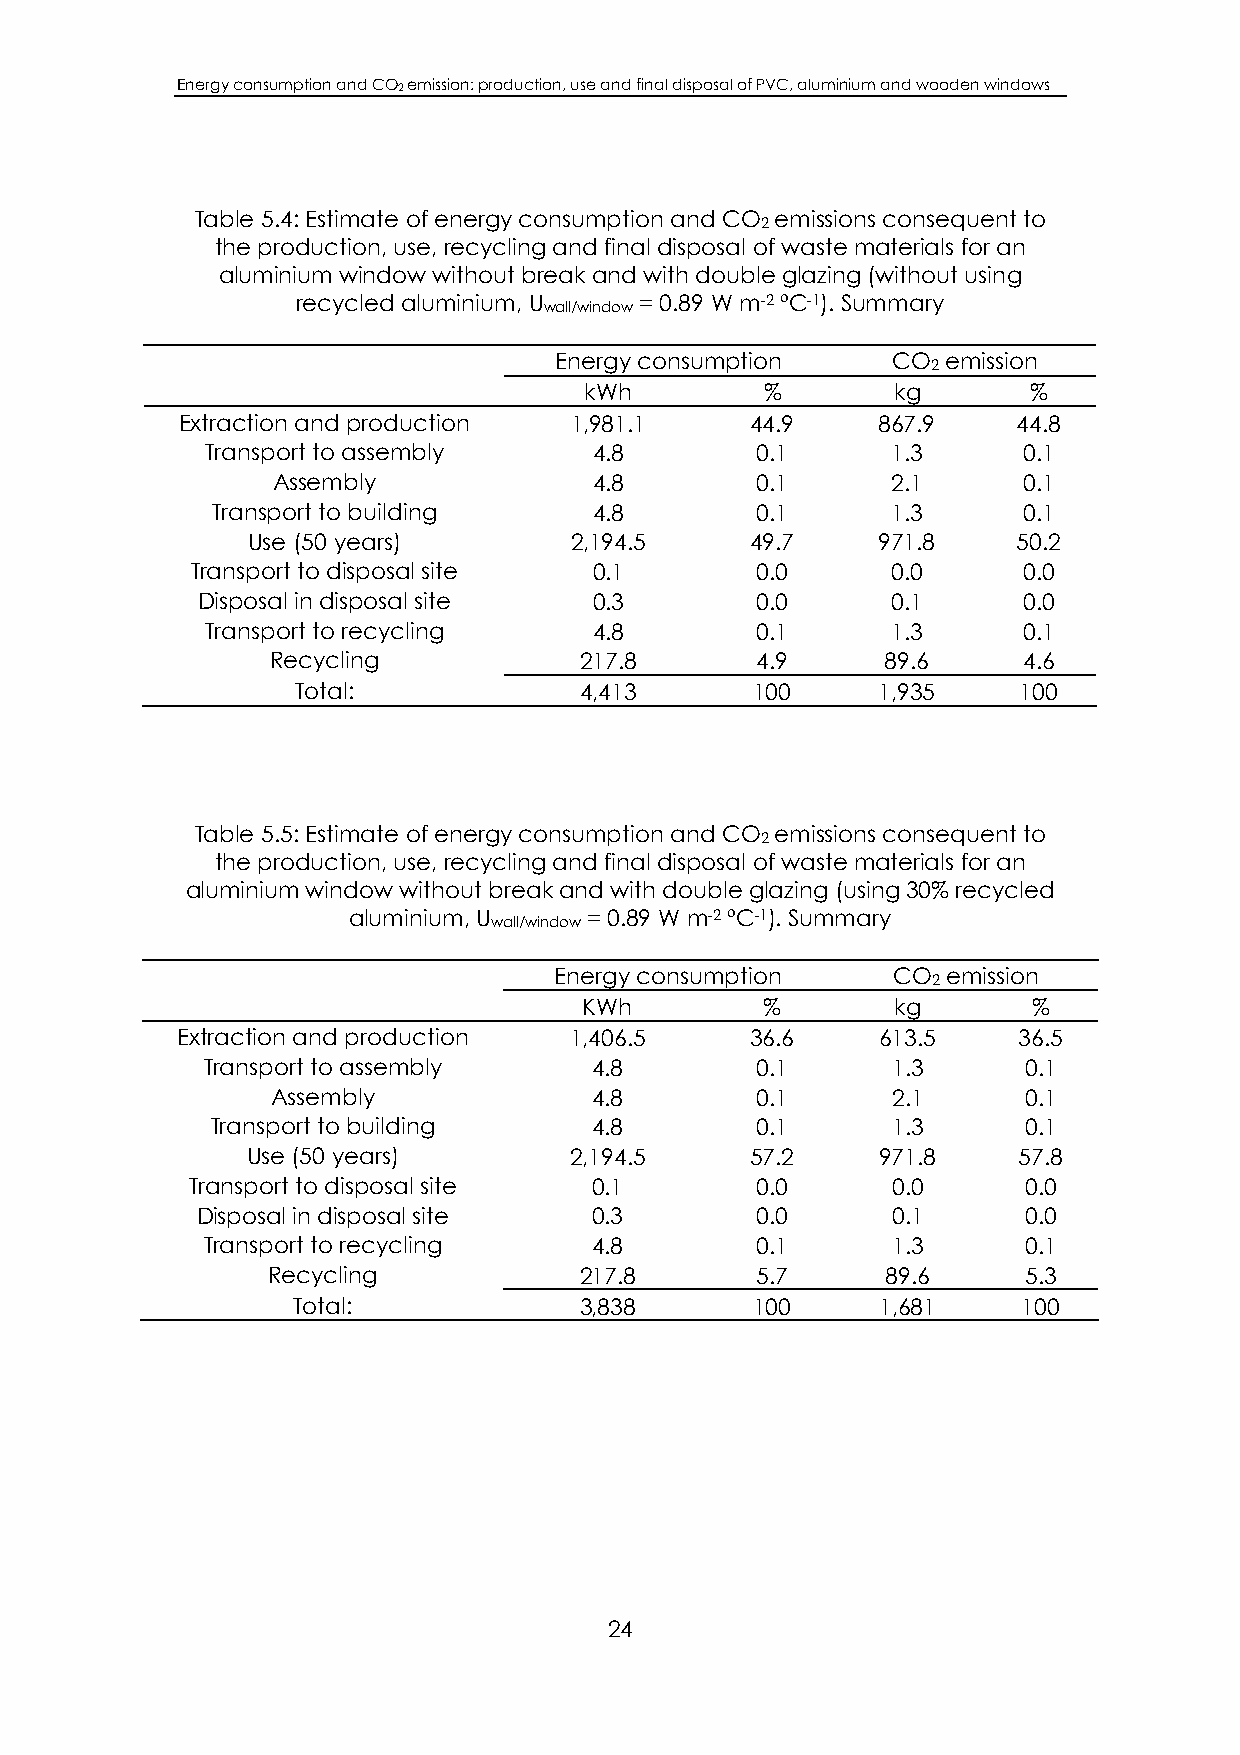
Energy consumption and CO2 emission: production, use and final disposal of PVC, aluminium and wooden windows
 Table 5.4: Estimate of energy consumption and CO emissions consequent to
 2
 the production, use, recycling and final disposal of waste materials for an
 aluminium window without break and with double glazing (without using
 recycled aluminium, U = 0.89 W m-2 ºC-1). Summary
 wall/window
 Energy consumption    CO  emission
 2
 kWh         %       kg       %
 Extraction and production 1,981.1     44.9    867.9    44.8
 Transport to assembly    4.8        0.1      1.3      0.1
 Assembly             4.8        0.1      2.1      0.1
 Transport to building    4.8        0.1      1.3      0.1
 Use (50 years)        2,194.5     49.7    971.8    50.2
 Transport to disposal site 0.1       0.0      0.0      0.0
 Disposal in disposal site 0.3        0.0      0.1      0.0
 Transport to recycling   4.8        0.1      1.3      0.1
 Recycling           217.8       4.9      89.6     4.6
 Total:            4,413       100     1,935     100
 Table 5.5: Estimate of energy consumption and CO emissions consequent to
 2
 the production, use, recycling and final disposal of waste materials for an
 aluminium window without break and with double glazing (using 30% recycled
 aluminium, U    = 0.89 W m-2 ºC-1). Summary
 wall/window
 Energy consumption    CO  emission
 2
 KWh         %       kg       %
 Extraction and production 1,406.5     36.6    613.5    36.5
 Transport to assembly     4.8        0.1      1.3      0.1
 Assembly             4.8        0.1      2.1      0.1
 Transport to building    4.8        0.1      1.3      0.1
 Use (50 years)        2,194.5     57.2    971.8    57.8
 Transport to disposal site 0.1       0.0      0.0      0.0
 Disposal in disposal site 0.3        0.0      0.1      0.0
 Transport to recycling    4.8        0.1      1.3      0.1
 Recycling           217.8       5.7      89.6     5.3
 Total:             3,838       100     1,681     100
 24